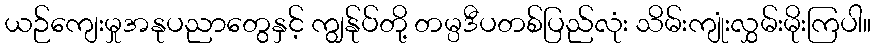
ယဉ်ကျေးမှုအနုပညာတွေနှင့် ကျွန်ုပ်တို့ တမ္ပဒီပတစ်ပြည်လုံး သိမ်းကျုံးလွှမ်းမိုးကြပါ။